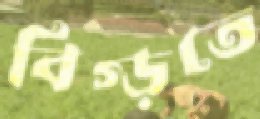
বিগ্‌ড়তে